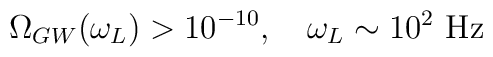
\Omega_{GW}(\omega_{L}) >10^{-10},~~~\omega_{L} \sim 10^{2}~{\rm Hz}